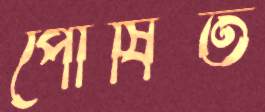
পোষিত